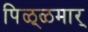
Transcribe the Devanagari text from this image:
पिळ्ळमार्